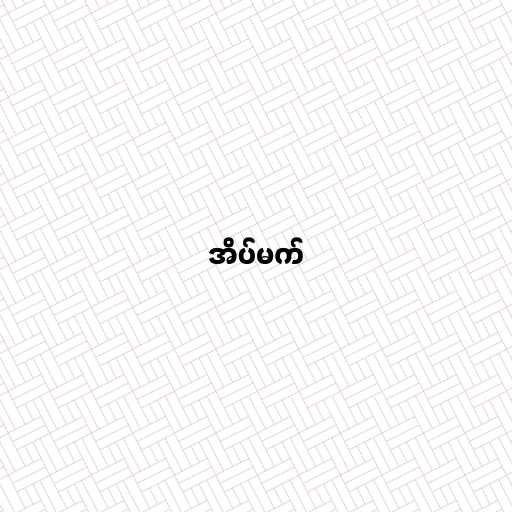
အိပ်မက်